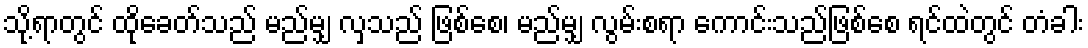
သို့ရာတွင် ထိုခေတ်သည် မည်မျှ လှသည် ဖြစ်စေ၊ မည်မျှ လွမ်းစရာ ကောင်းသည်ဖြစ်စေ ရင်ထဲတွင် တံခါး